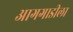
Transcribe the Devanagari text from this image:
आगगाडीला